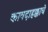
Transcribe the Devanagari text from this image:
कायदाहक्काचे